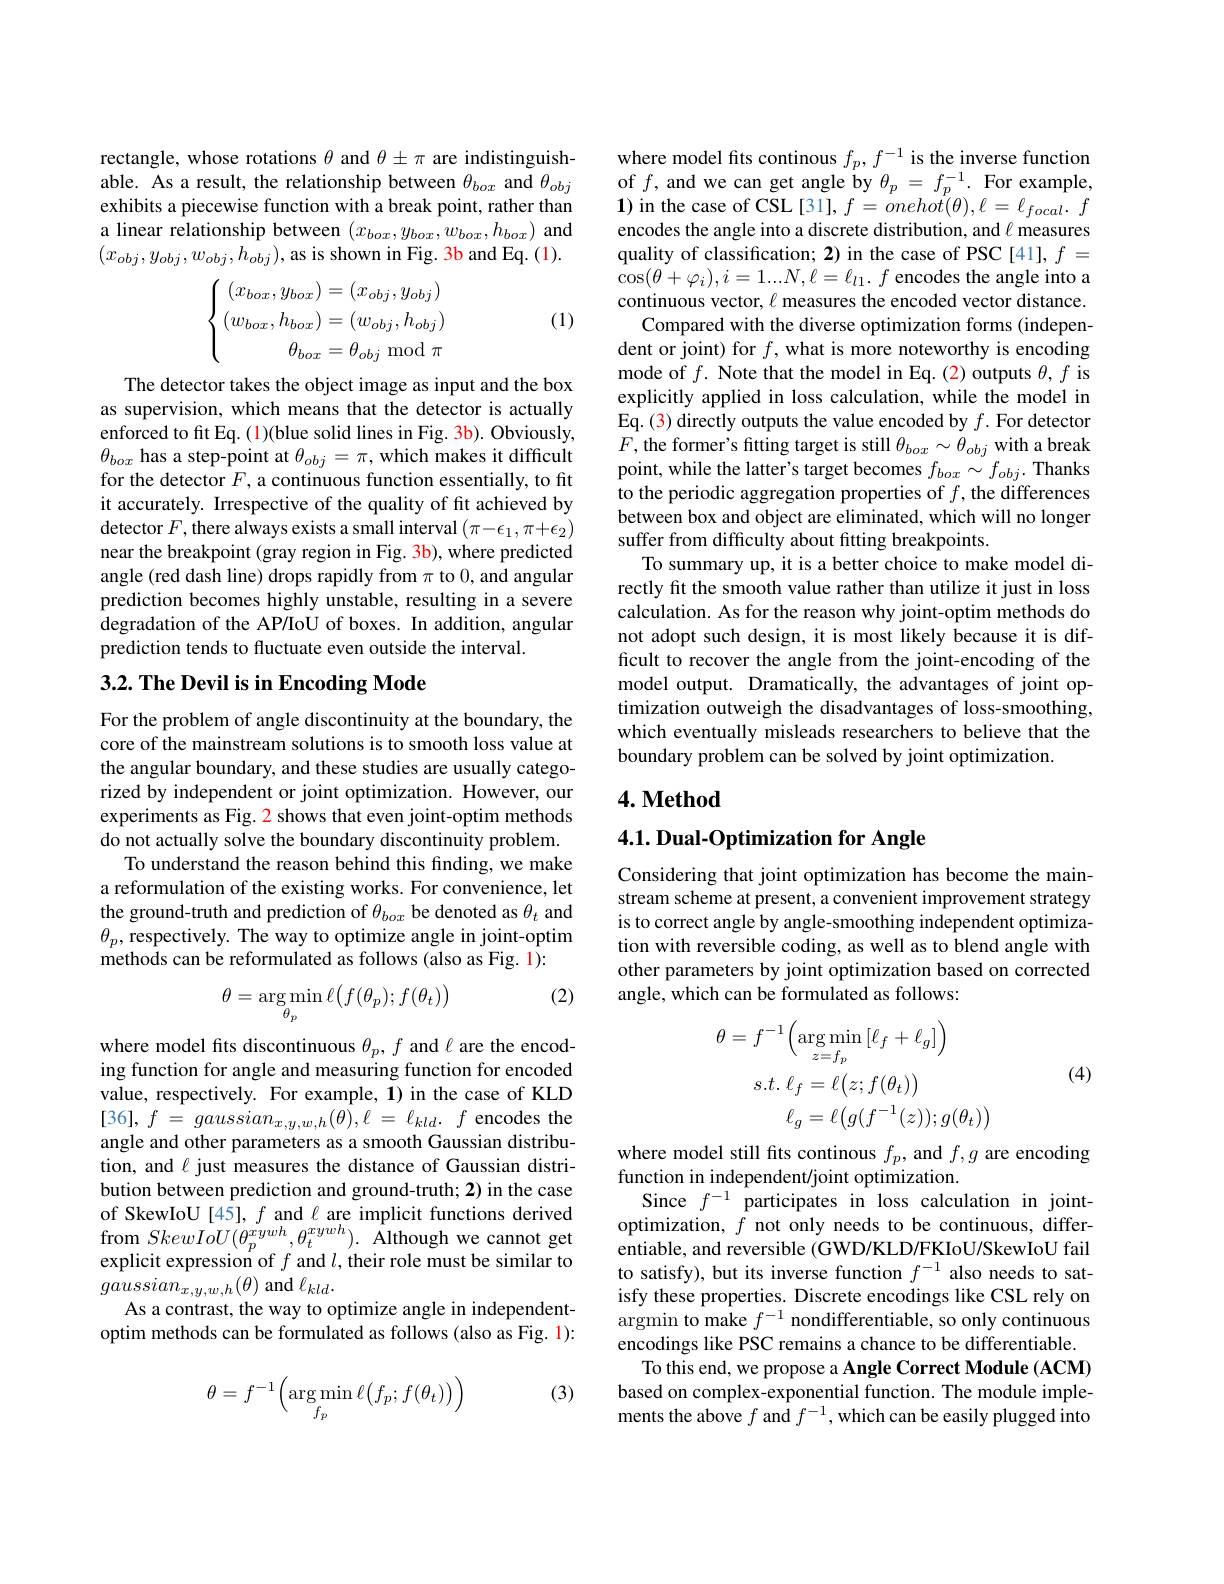
rectangle, whose rotations $\theta$ and $\theta\pm\pi$ are indistinguishable. As a result, the relationship between $\theta_{box}$ and $\theta_{obj}$ exhibits a piecewise function with a break point, rather than a linear relationship between $(x_box,y_{box},w_{box},h_{box})$ and $(x_{obj},y_{obj},w_{obj},h_{obj})$,as is shown in Fig. 3b and Eq.(1).
$$\left.\left\{\begin{array}{c}(x_{box},y_{box})=(x_{obj},y_{obj})\\(w_{box},h_{box})=(w_{obj},h_{obj})\\\theta_{box}=\theta_{obj}\mod\pi\end{array}\right.\right.$$
(1)

The detector takes the object image as input and the box as supervision, which means that the detector is actually enforced to fit Eq. (1)(blue solid lines in Fig. 3b). Obviously, $\theta_{box}$ has a step-point at $\theta_obj=\pi$,which makes it difficult for the detector $F$, a continuous function essentially, to fit it accurately. Irrespective of the quality of fit achieved by detector $F$, there always exists a small interval $(\pi-\epsilon_1,\pi+\epsilon_2)$ near the breakpoint (gray region in Fig. 3b), where predicted angle (red dash line) drops rapidly from $\pi$ to 0, and angular prediction becomes highly unstable, resulting in a severe degradation of the AP/IoU of boxes. In addition, angular prediction tends to fluctuate even outside the interval.

## $3. 2. \textbf{ The Devil is in Encoding Mode}$

For the problem of angle discontinuity at the boundary, the core of the mainstream solutions is to smooth loss value at the angular boundary, and these studies are usually categorized by independent or joint optimization. However, our experiments as Fig. 2 shows that even joint-optim methods do not actually solve the boundary discontinuity problem.
To understand the reason behind this finding, we make a reformulation of the existing works. For convenience, let the ground-truth and prediction of $\theta_box$ be denoted as $\theta_t$ and $\theta_{p}$,respectively.The way to optimize angle in joint-optim methods can be reformulated as follows (also as Fig. 1):

(2)
$$\theta=\underset{\theta_p}{\operatorname*{\arg\min}}\ell\bigl(f(\theta_p);f(\theta_t)\bigr)$$
where model fits discontinuous $\theta_p,f$ and $\ell$ are the encoding function for angle and measuring function for encoded value, respectively. For example, 1) in the case of KLD $[ 36] , f$ = $gaussian_{x, y, w, h}( \theta ) , \ell$ = $\ell _{kld}.$ $f$ encodes the angle and other parameters as a smooth Gaussian distribution, and $\ell$ just measures the distance of Gaussian distribution between prediction and ground-truth; 2) in the case of SkewIoU [45], $f$ and $\ell$ are implicit functions derived $\begin{array}{l}{\mathrm{from~}SkewIoU(\theta_{p}^{xywh},\theta_{t}^{xywh}).}&{\hat{\text{Although we cannot get}}}\\{\mathrm{explicit~expression~of~}f\mathrm{~and~}l,\mathrm{~their~role~must~be~similar~to}}\end{array}$ $gaussian_{x,y,w,h}(\theta)$ and $\ell_kld.$
As a contrast, the way to optimize angle in independentoptim methods can be formulated as follows (also as Fig. 1):

(3)
$$\theta=f^{-1}\Big(\arg\min_{f_p}\ell\big(f_p;f(\theta_t)\big)\Big)$$
where model fits continous $f_p,f^{-1}$ is the inverse function of $f$, and we can get angle by $\theta_p=f_p^{-1}.$ For example, $\mathbf{1})$ in the case of CSL[31], $f=onehot(\theta),\ell=\ell_{focal}.$ $f$ encodes the angle into a discrete distribution, and $\ell$ measures quality of classification; 2) in the case of PSC [41], $f=$ $\cos(\theta+\varphi_{i}),i=1...N,\ell=\ell_{l1}.f$ encodes the angle into a continuous vector, $\ell$ measures the encoded vector distance.
Compared with the diverse optimization forms (independent or joint) for $f$, what is more noteworthy is encoding mode of $f.$ Note that the model in Eq.(2) outputs $\theta,f$ is explicitly applied in loss calculation, while the model in Eq. (3) directly outputs the value encoded by $f.$ For detector $F$, the former's fitting target is still $\theta_box\sim\theta_{obj}$ with a break point, while the latter's target becomes $f_{box}\sim f_{obj}.$ Thanks to the periodic aggregation properties of $f$,the differences between box and object are eliminated, which will no longer suffer from difficulty about fitting breakpoints.
To summary up, it is a better choice to make model directly fit the smooth value rather than utilize it just in loss calculation. As for the reason why joint-optim methods do not adopt such design, it is most likely because it is difficult to recover the angle from the joint-encoding of the model output. Dramatically, the advantages of joint optimization outweigh the disadvantages of loss-smoothing, which eventually misleads researchers to believe that the boundary problem can be solved by joint optimization.

## $4. \textbf{Method}$

4.1. Dual-Optimization for Angle

Considering that joint optimization has become the mainstream scheme at present, a convenient improvement strategy is to correct angle by angle-smoothing independent optimization with reversible coding, as well as to blend angle with other parameters by joint optimization based on corrected angle, which can be formulated as follows:
$$\begin{aligned}\theta=f^{-1}\left(\arg\min_{z=f_{p}}\left[\ell_{f}+\ell_{g}\right]\right)\\s.t.\:\ell_{f}&=\ell\big(z;f(\theta_{t})\big)\\\ell_{g}&=\ell\big(g(f^{-1}(z));g(\theta_{t})\big)\end{aligned}$$
(4)

where model still fits continous $f_p$, and $f,g$ are encoding
function in independent/joint optimization.
Since $f^{-1}$ participates in loss calculation in jointoptimization, $f$ not only needs to be continuous, differentiable, and reversible (GWD/KLD/FKIoU/SkewIoU fail to satisfy), but its inverse function $f^{-1}$ also needs to satisfy these properties. Discrete encodings like CSL rely on argmin to make $f^{-1}$ nondifferentiable, so only continuous encodings like PSC remains a chance to be differentiable.
To this end, we propose a Angle Correct Module (ACM) based on complex-exponential function. The module imple- $\hat{\text{ments the above }f\text{ and }f^{-1},\text{which can be easily plugged into}}$